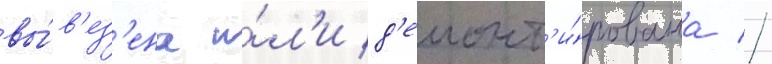
вы́в'ез'ена и́л'и д'емонт'и́рована //